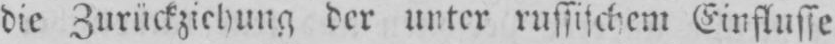
die Zurückziehung der unter russischem Einflusse